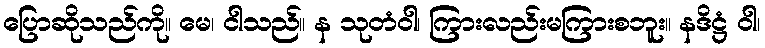
ပြောဆိုသည်ကို။ မေ၊ ငါသည်။ န သုတံဝါ၊ ကြားလည်းမကြားစဘူး။ နဒိဋ္ဌံ ဝါ၊